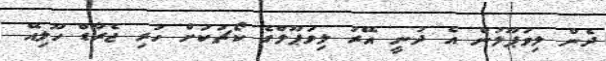
ދެން ލިވަޕޫލުން އެ ދުނީ އޭރު ލިވަޕޫލްގެ ކޯޗަކަށް ހުރި ޖެރާޑް ހޫލިއޭ